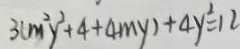
3 ( m ^ { 2 } y ^ { 2 } + 4 + 4 m y ) + 4 y ^ { 2 } = 1 2